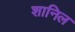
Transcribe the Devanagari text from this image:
शानिल